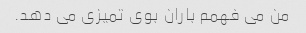
من می فهمم باران بوی تمیزی می دهد.